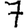
Digit: 7